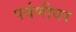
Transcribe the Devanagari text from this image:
पर्वणीवर